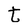
Character: t